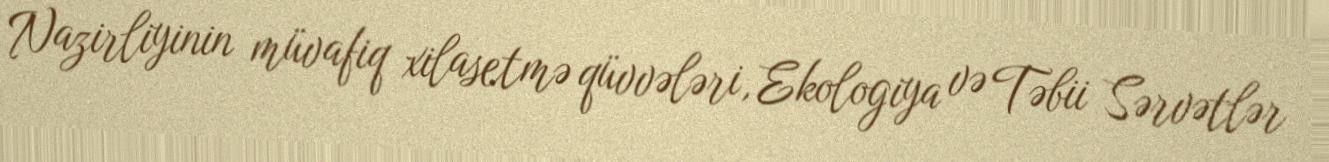
Nazirliyinin müvafiq xilasetmə qüvvələri, Ekologiya və Təbii Sərvətlər